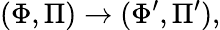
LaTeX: (\Phi,\Pi)\rightarrow(\Phi^{\prime},\Pi^{\prime}),